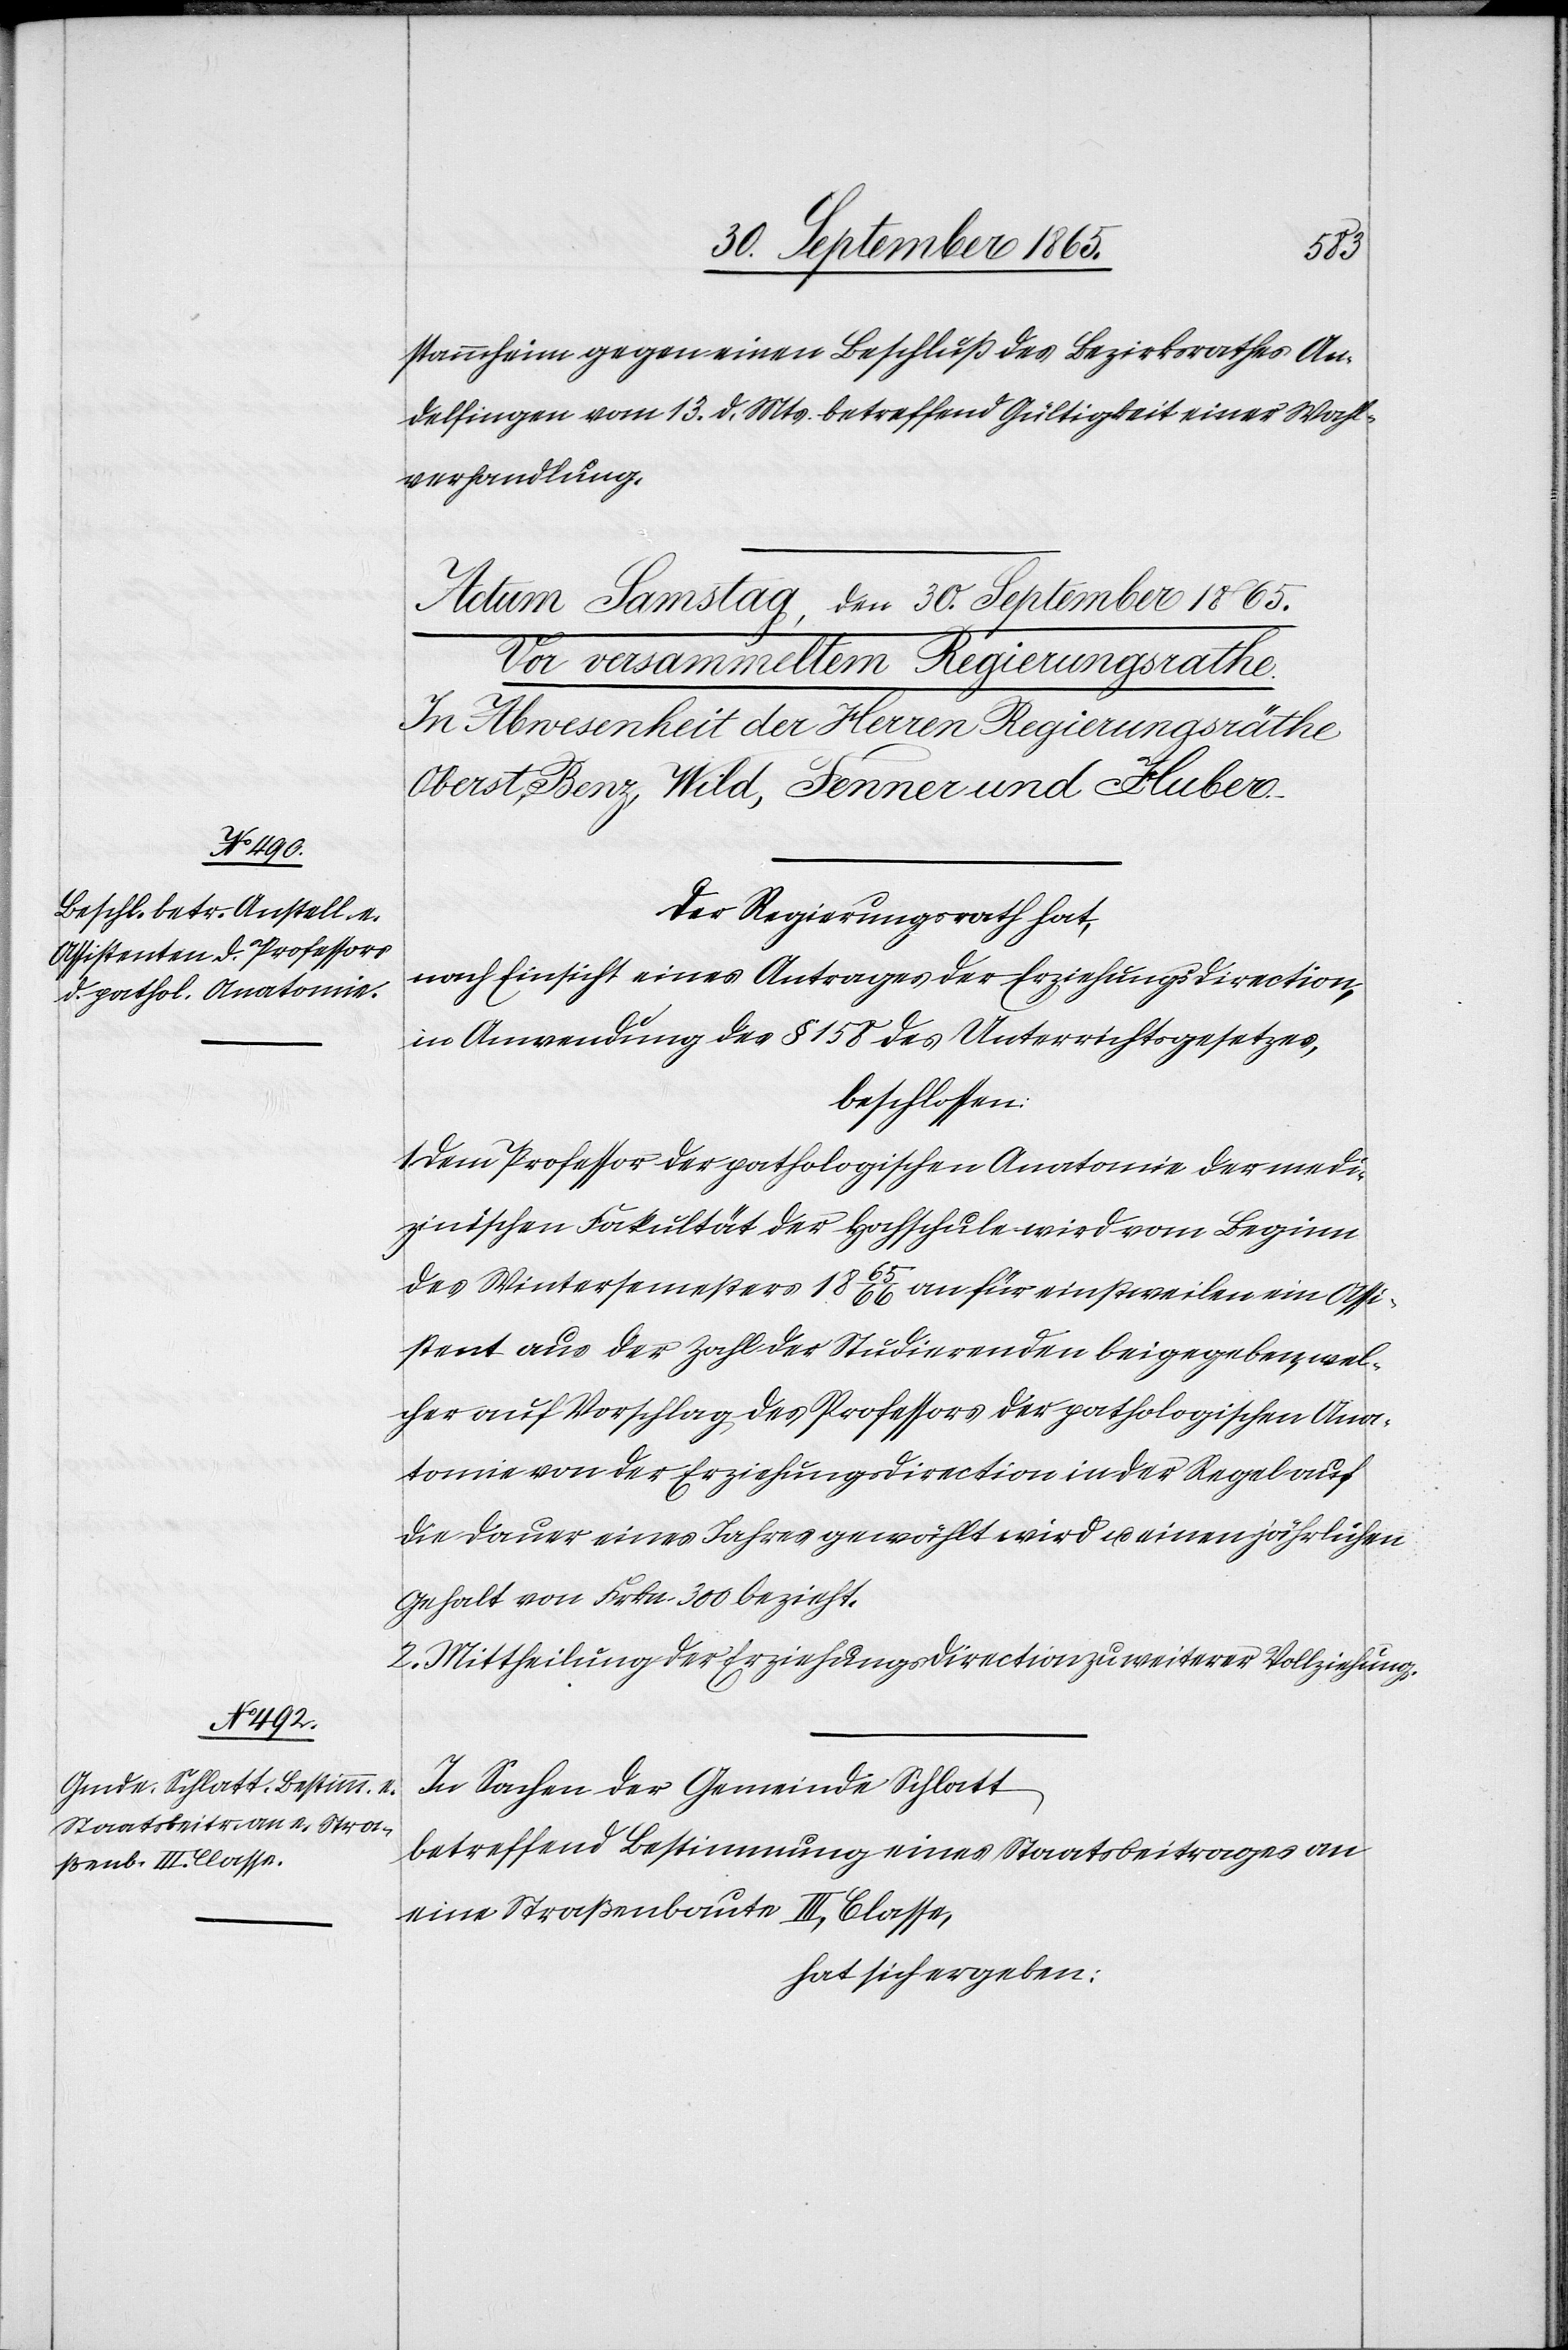
stammheim gegen einen Beschluß des Bezirksrathes An¬
delfingen vom 13. d. Mts. betreffend Gültigkeit einer Wahl¬
verhandlung.
Der Regierungsrath hat,
nach Einsicht eines Antrages der Erziehungsdirection,
in Anwendung des § 158 des Unterrichtsgesetzes,
beschlossen:
1. Dem Professor der pathologischen Anatomie der medi¬
zinischen Fakultät der Hochschule wird vom Beginn
des Wintersemesters 1865/66 an für einstweilen ein Assi¬
stent aus der Zahl der Studierenden beigegeben, wel¬
cher auf Vorschlag des Professors der pathologischen Ana¬
tomie von der Erziehungsdirection in der Regel auf
die Dauer eines Jahres gewählt wird u. einen jährlichen
Gehalt von Frkn. 300 bezieht.
2. Mittheilung der Erziehungsdirection zu weiterer Vollziehung.
In Sachen der Gemeinde Schlatt
betreffend Bestimmung eines Staatsbeitrages an
eine Straßenbaute III. Classe,
hat sich ergeben: